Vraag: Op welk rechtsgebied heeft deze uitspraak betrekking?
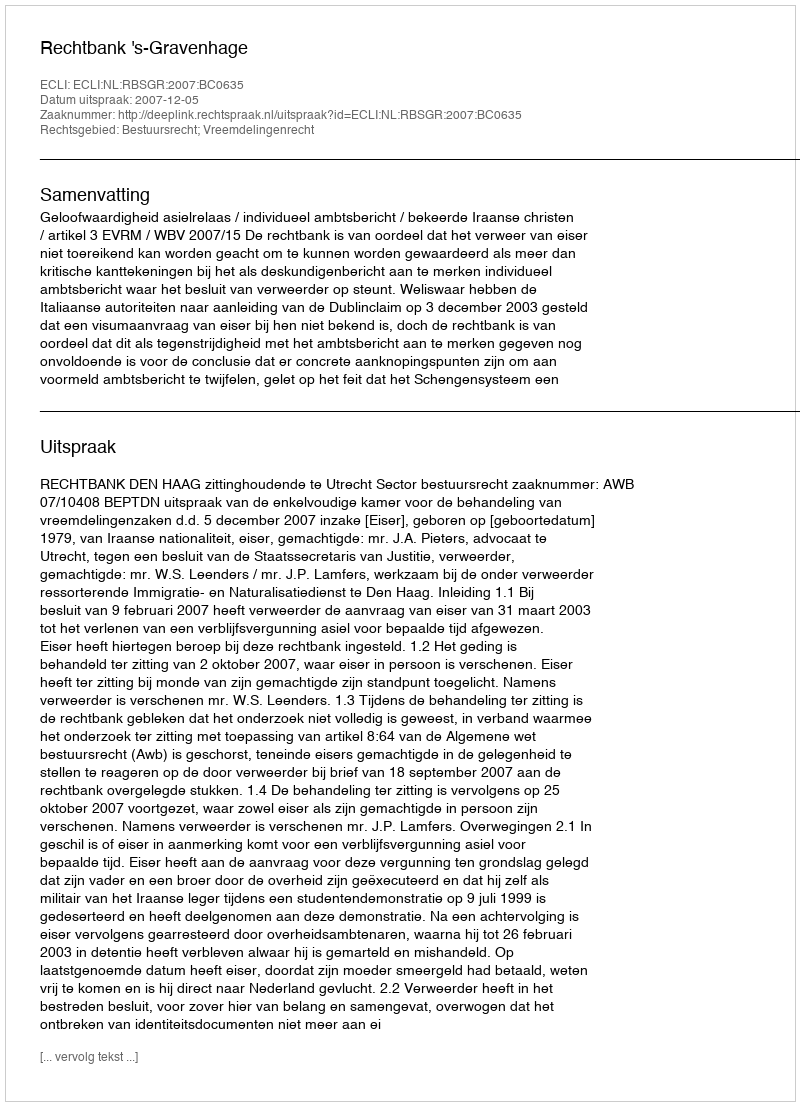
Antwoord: Bestuursrecht; Vreemdelingenrecht